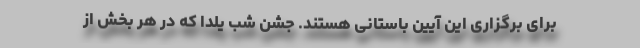
برای برگزاری این آیین باستانی هستند. جشن شب یلدا که در هر بخش از